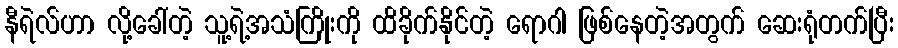
နီရဲလ်ဟာ လို့ခေါ်တဲ့ သူ့ရဲ့အသံကြိုးကို ထိခိုက်နိုင်တဲ့ ရောဂါ ဖြစ်နေတဲ့အတွက် ဆေးရုံတက်ပြီး